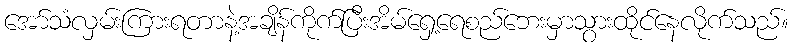
အော်သံလှမ်းကြားရတာနဲ့အချိန်ကိုက်ပြီးအိမ်ရှေ့ရေစည်ဘေးမှာသွားထိုင်နေလိုက်သည်။